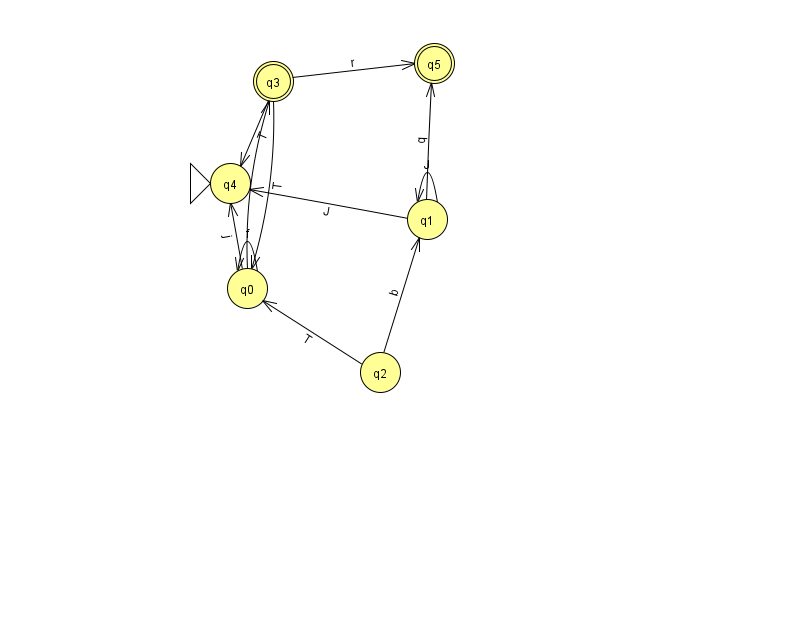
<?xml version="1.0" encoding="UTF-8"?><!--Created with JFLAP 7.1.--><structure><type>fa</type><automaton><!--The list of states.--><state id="0" name="q0"><x>247.0</x><y>275.0</y></state><state id="1" name="q1"><x>427.0</x><y>206.0</y></state><state id="2" name="q2"><x>380.0</x><y>359.0</y></state><state id="3" name="q3"><x>273.0</x><y>68.0</y><final/></state><state id="4" name="q4"><x>230.0</x><y>170.0</y><initial/></state><state id="5" name="q5"><x>434.0</x><y>50.0</y><final/></state><!--The list of transitions.--><transition><from>0</from><to>3</to><read>c</read></transition><transition><from>3</from><to>4</to><read>T</read></transition><transition><from>0</from><to>0</to><read>f</read></transition><transition><from>3</from><to>0</to><read>T</read></transition><transition><from>0</from><to>4</to><read>j</read></transition><transition><from>1</from><to>1</to><read>J</read></transition><transition><from>3</from><to>5</to><read>r</read></transition><transition><from>1</from><to>4</to><read>J</read></transition><transition><from>2</from><to>1</to><read>b</read></transition><transition><from>1</from><to>5</to><read>q</read></transition><transition><from>2</from><to>0</to><read>T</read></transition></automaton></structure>